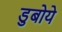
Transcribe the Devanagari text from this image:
डुबोये